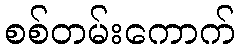
စစ်တမ်းကောက်